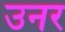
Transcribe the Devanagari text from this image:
उनर